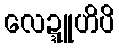
လေဍ္ဍူဟိပိ